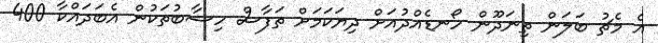
އެ މެޗު ބަލަން ތިނަދޫން ހޯނޑެއްދުއަށް ދިޔަކަމަށް ތަފާސް ހިސާބުތަކުން އެބަދައްކާ 400